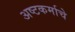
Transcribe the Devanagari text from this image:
अष्टकर्माचे